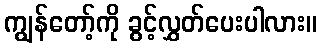
ကျွန်တော့်ကို ခွင့်လွှတ်ပေးပါလား။